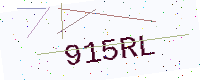
Text: 915RL